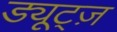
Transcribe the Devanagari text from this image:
ड्यूट्ज़